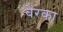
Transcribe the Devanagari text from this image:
बेरका